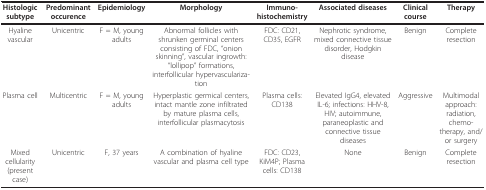
| Histologic subtype | Predominant occurence | Epidemiology | Morphology | Immuno-histochemistry | Associated diseases | Clinical course | Therapy |
 | --- | --- | --- | --- | --- | --- | --- | --- |
 | Hyaline vascular | Unicentric | F = M, young adults | Abnormal follicles with shrunken germinal centers consisting of FDC, "onion skinning", vascular ingrowth: "lollipop" formations, interfollicular hypervasculariza-tion | FDC: CD21, CD35, EGFR | Nephrotic syndrome, mixed connective tissue disorder, Hodgkin disease | Benign | Complete resection |
 | Plasma cell | Multicentric | F = M, young adults | Hyperplastic germical centers, intact mantle zone infiltrated by mature plasma cells, interfollicular plasmacytosis | Plasma cells: CD138 | Elevated IgG4, elevated IL-6; infections: HHV-8, HIV; autoimmune, paraneoplastic and connective tissue diseases | Aggressive | Multimodal approach: radiation, chemo-therapy, and/or surgery |
 | Mixed cellularity (present case) | Unicentric | F, 37 years | A combination of hyaline vascular and plasma cell type | FDC: CD23, KiM4P; Plasma cells: CD138 | None | Benign | Complete resection |